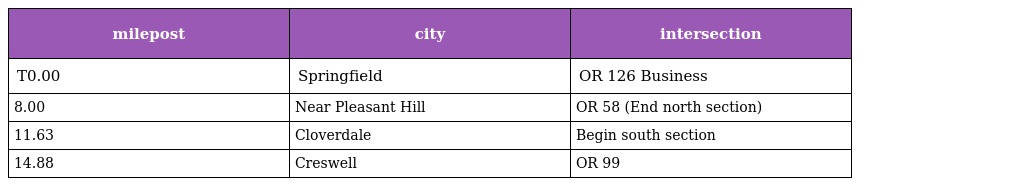
| milepost | city | intersection |
 | --- | --- | --- |
 | T0.00 | Springfield | OR 126 Business |
 | 8.00 | Near Pleasant Hill | OR 58 (End north section) |
 | 11.63 | Cloverdale | Begin south section |
 | 14.88 | Creswell | OR 99 |